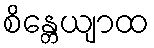
စိန္တေယျာထ